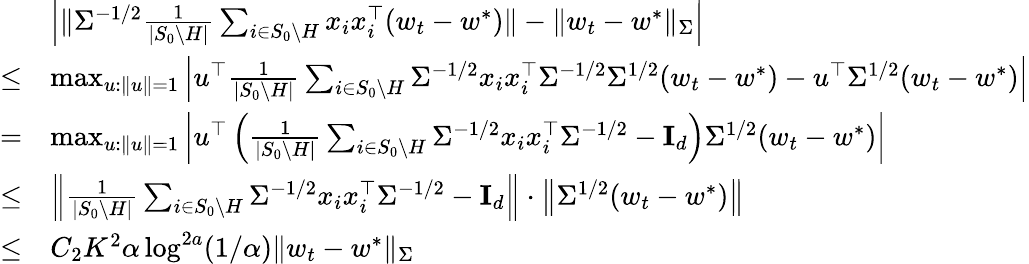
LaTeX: \begin{array}{rl}&{\left|\| \Sigma^{-1/2}\frac{1}{|S_{0}\setminus H|}\sum_{i\in S_{0}\setminus H}x_{i}x_{i}^{\top}(w_{t}-w^{*})\| -\| w_{t}-w^{*}\| _{\Sigma}\right|}\\ {\leq}&{\operatorname*{max}_{u:\| u\| =1}\left|u^{\top}\frac{1}{|S_{0}\setminus H|}\sum_{i\in S_{0}\setminus H}\Sigma^{-1/2}x_{i}x_{i}^{\top}\Sigma^{-1/2}\Sigma^{1/2}(w_{t}-w^{*})-u^{\top}\Sigma^{1/2}(w_{t}-w^{*})\right|}\\ {=}&{\operatorname*{max}_{u:\| u\| =1}\left|u^{\top}\left(\frac{1}{|S_{0}\setminus H|}\sum_{i\in S_{0}\setminus H}\Sigma^{-1/2}x_{i}x_{i}^{\top}\Sigma^{-1/2}-\mathbf{I}_{d}\right)\Sigma^{1/2}(w_{t}-w^{*})\right|}\\ {\leq}&{\left\| \frac{1}{|S_{0}\setminus H|}\sum_{i\in S_{0}\setminus H}\Sigma^{-1/2}x_{i}x_{i}^{\top}\Sigma^{-1/2}-\mathbf{I}_{d}\right\| \cdot\left\| \Sigma^{1/2}(w_{t}-w^{*})\right\| }\\ {\leq}&{C_{2}K^{2}\alpha\log^{2a}(1/\alpha)\| w_{t}-w^{*}\| _{\Sigma}}\end{array}